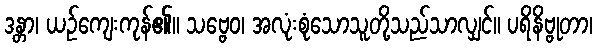
ဒန္တာ၊ ယဉ်ကျေးကုန်၏။ သဗ္ဗေဝ၊ အလုံးစုံသောသူတို့သည်သာလျှင်။ ပရိနိဗ္ဗုတာ၊